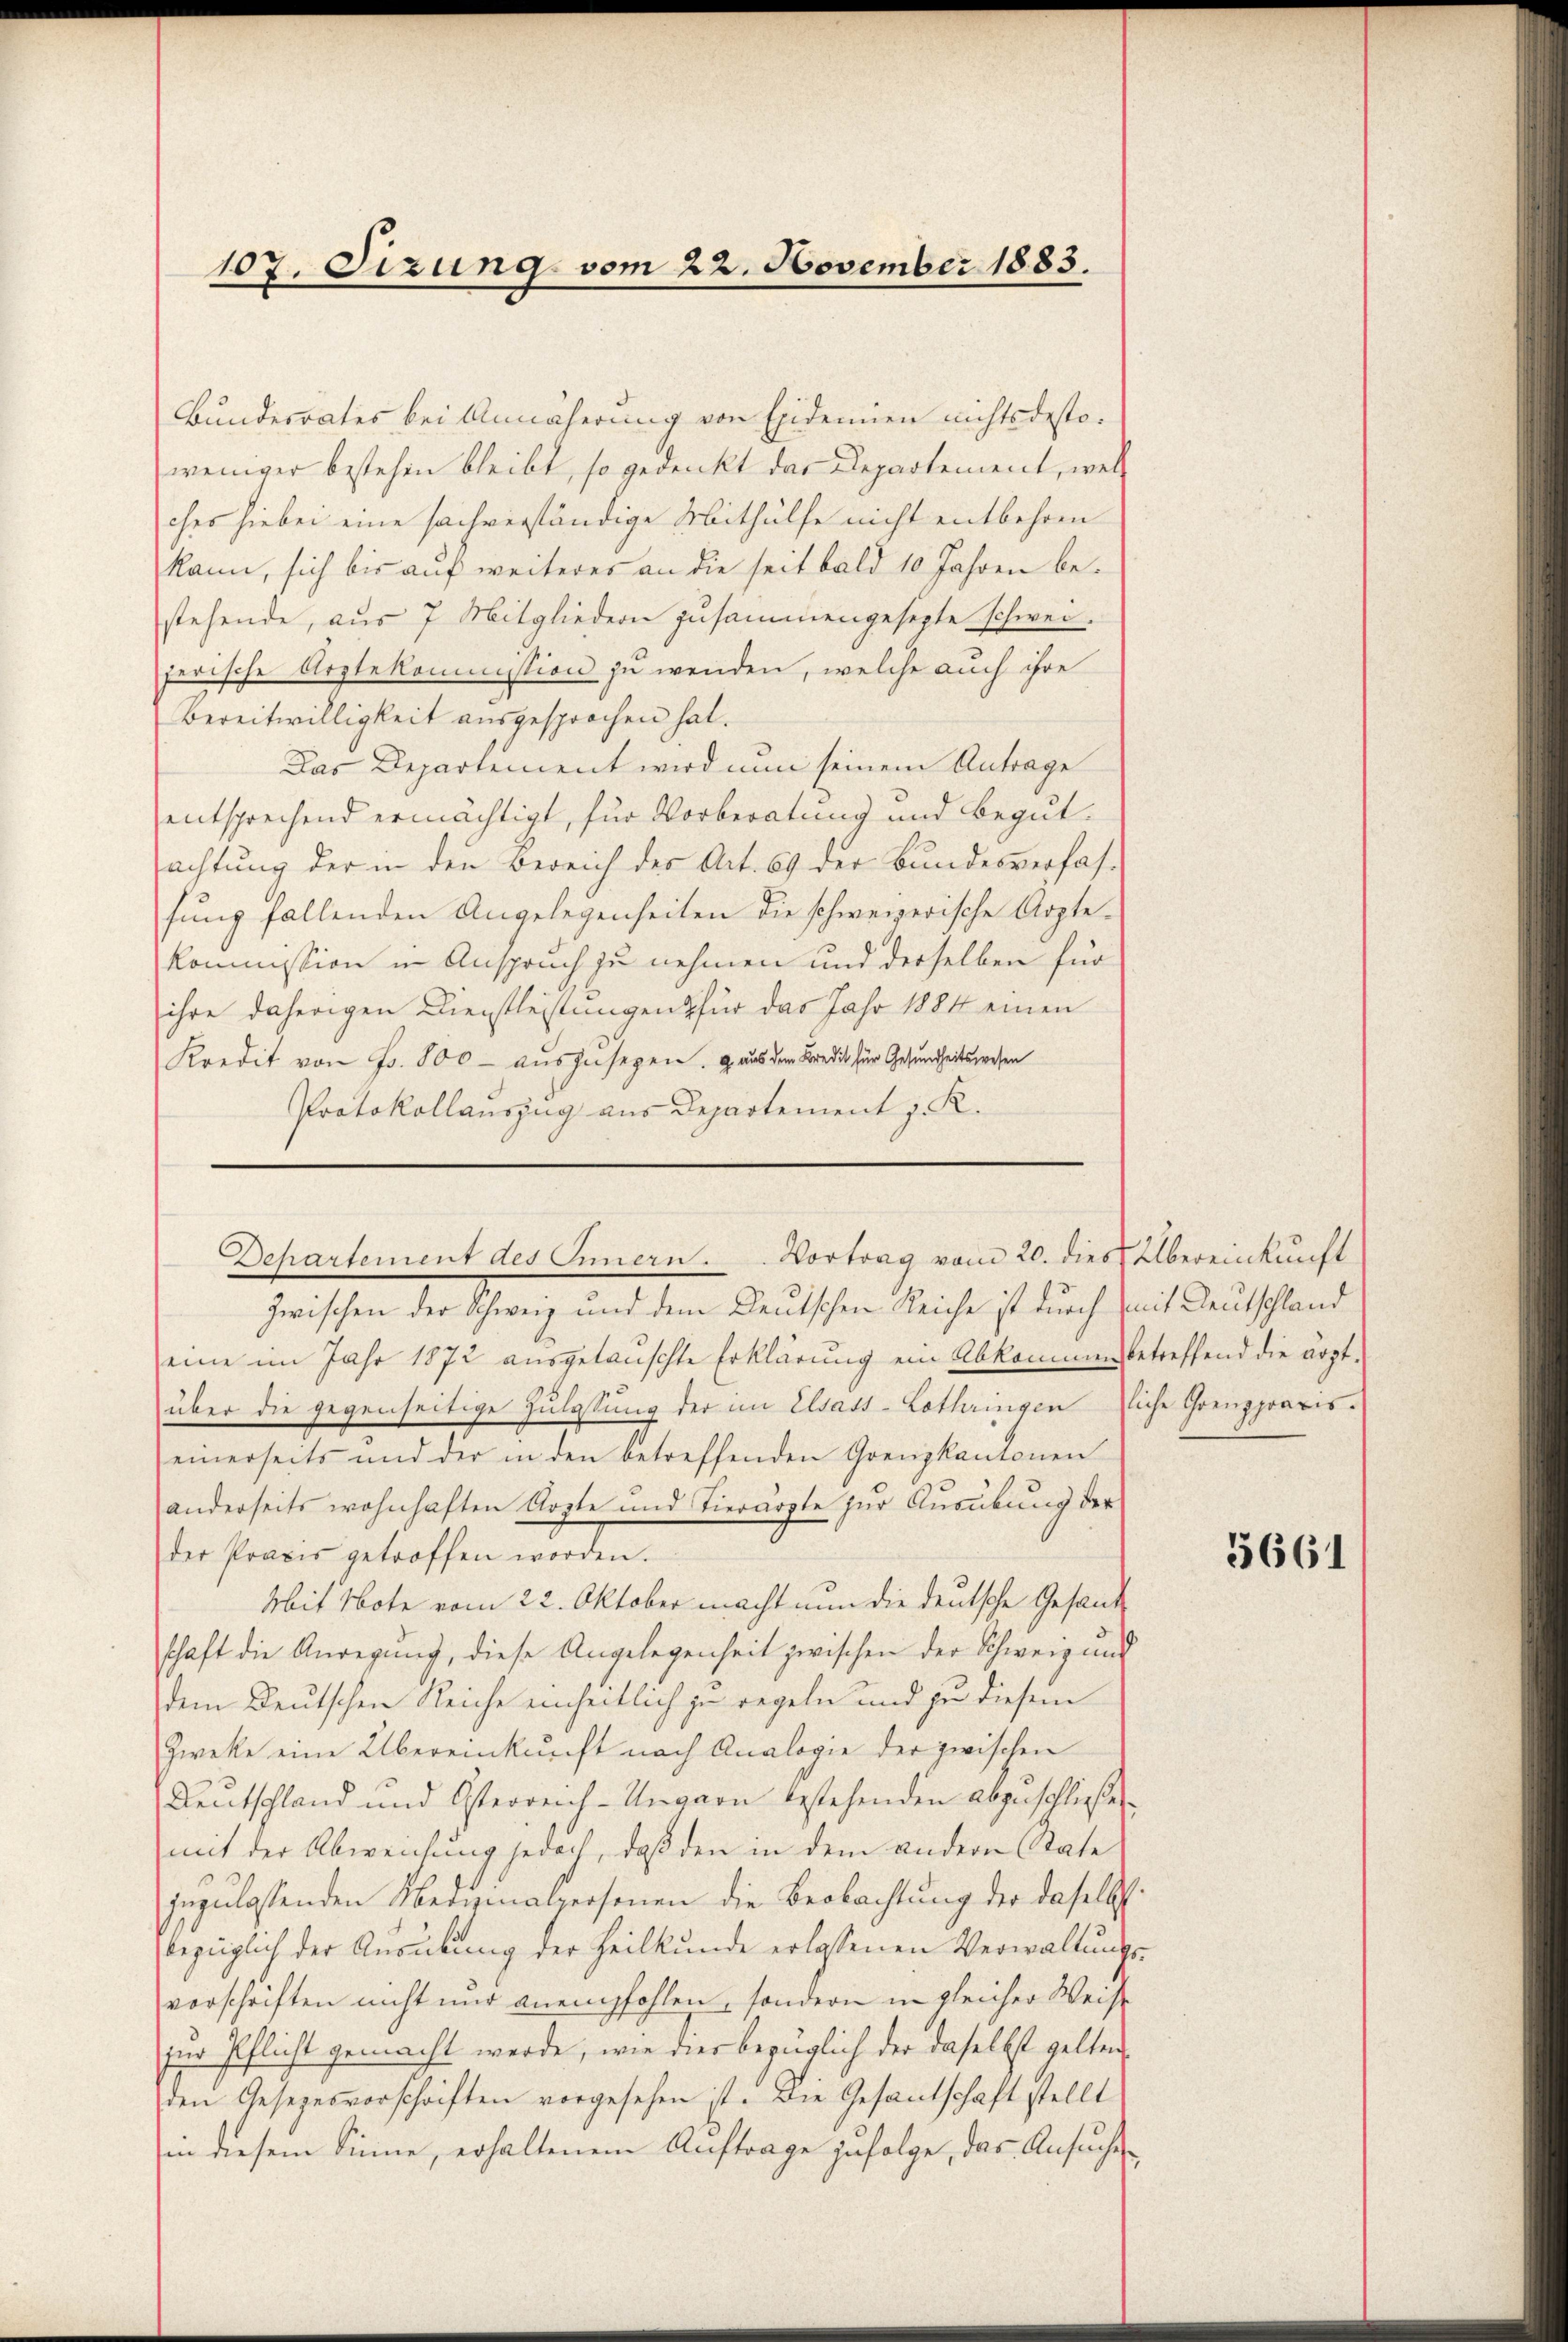
107. Sizung vom 22. November 1883.

Bundesrates bei Annäherung von Epidemien nichtsdestoweniger bestehen bleibt, so gedenkt das Departement, welc
ches hiebei eine sachverständige Mithülfe nicht entbehren
kann, sich bis auf weiteres an die seit bald 10 Jahren bestehende, aus 7 Mitgliedern zusammengesetzte schwei-
jerische Arztekommission zu wenden, welche auch ihre
bereitwilligkeit ausgesprochen hat.
Das Departement wird nun seinem Antrage
entsprechend ermächtigt, für Vorberatung und Begutachtung der in den Bereich des Art. 69 der Bundesverfassung fallenden Angelegenheiten die schweizerische Arzte¬
Kommission in Anspruch zu nehmen und derselben für
ihre daherigen Dienstleistungen für das Jahr 1884 einen
Kredit von Fr. 800 - auszusehen. Haus dem Bredit für Gesundheitswesen
Protokollauszug aus Departement z. K.

Departement des Innern. Vortrag vom 20. dies Übereinkunft

zwischen der Schweiz und dem Deutschen Reiche ist durch mit Deutschland
eine im Jahr 1872 ausgelauschte Erklärung ein Abkommen betreffend die ärztüber die gegenseitige Zulassung der im Elsass-Lothringen liche Grenzpraxiseinerseits und der in den betreffenden Grenzkantonen
anderseits wohnhaften Ärzte und Tierärzte zur Ausübung der
der Praxis getroffen worden.
Mit Note vom 22. Oktober macht nun die deutsche Gesandschaft die Anregung, diese Angelegenheit zwischen der Schweiz und
dem Deutschen Reiche einheitlich zu regeln und zu diesem
Zweke eine Übereinkunft nach Analogie der zwischen
Deutschland und Osterreich-Ungarn bestehenden abgeschließe
mit der Abweichung jedoch, daß den in dem andern State
zuzulassenden Medizinalpersonen die Beobachtung der daselbst.
bezüglich der Ausübung der Heilkunde erlassenen Verwaltungsvorschriften nicht nur anempfohlen, sondern in gleicher Weise
zur Pflicht gemacht werde, wie dies bezüglich der daselbst gelten
den Gesezesvorschriften vorgesehen ist. Die Gesantschaft stellt
in diesem Sinne, erhaltenem Auftrage zufolge, das Ansuche

3661